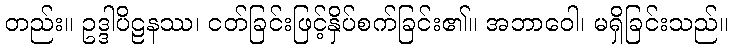
တည်း။ ဥဒ္ဒါပိဠနဿ၊ ငတ်ခြင်းဖြင့်နှိပ်စက်ခြင်း၏။ အဘာဝေါ၊ မရှိခြင်းသည်။